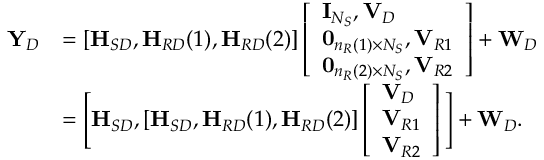
\begin{array} { r l } { { \mathbf Y } _ { D } } & { = [ { \textbf H } _ { S D } , { \textbf H } _ { R D } ( 1 ) , { \textbf H } _ { R D } ( 2 ) ] \left[ \begin{array} { l } { { \mathbf I } _ { N _ { S } } , { \mathbf V } _ { D } } \\ { \mathbf { 0 } _ { n _ { R } ( 1 ) \times N _ { S } } , { \mathbf V } _ { R 1 } } \\ { \mathbf { 0 } _ { n _ { R } ( 2 ) \times N _ { S } } , { \mathbf V } _ { R 2 } } \end{array} \right] + { \mathbf W } _ { D } } \\ & { = \Bigg [ { \textbf H } _ { S D } , [ { \textbf H } _ { S D } , { \textbf H } _ { R D } ( 1 ) , { \textbf H } _ { R D } ( 2 ) ] \left[ \begin{array} { l } { { \mathbf V } _ { D } } \\ { { \mathbf V } _ { R 1 } } \\ { { \mathbf V } _ { R 2 } } \end{array} \right] \Bigg ] + { \mathbf W } _ { D } . } \end{array}